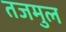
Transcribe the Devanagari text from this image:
तजमुल